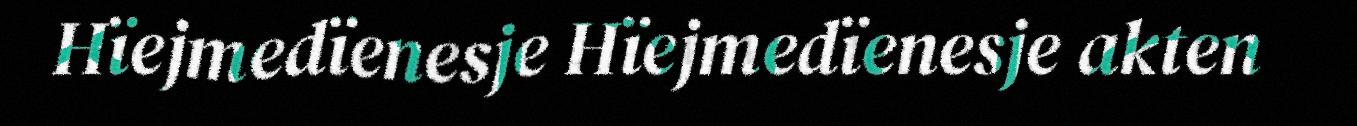
Hïejmedïenesje Hïejmedïenesje akten